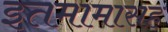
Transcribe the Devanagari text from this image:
इतमामासह